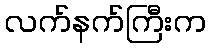
လက်နက်ကြီးက